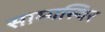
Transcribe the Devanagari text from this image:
साम्यस्थिर